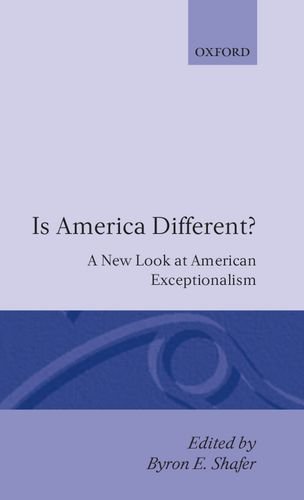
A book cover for Is America Different?: A New Look at American Exceptionalism; Business & Money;